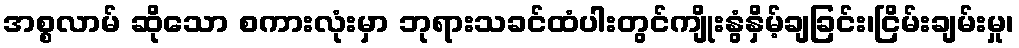
အစ္စလာမ် ဆိုသော စကားလုံးမှာ ဘုရားသခင်ထံပါးတွင်ကျိုးနွံနှိမ့်ချခြင်း၊ငြိမ်းချမ်းမှု၊